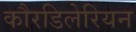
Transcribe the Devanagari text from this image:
कौरडिलेरियन